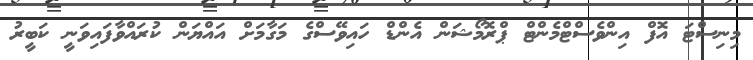
މިނިސްޓަ އޮފް އިންވެސްޓްމެންޓް ޕްރޮމޯޝަން އެންޑް ހައިވޭސްގެ މަގާމަށް އައްޔަން ކުރައްވާފައިވަނީ ކަބީރު